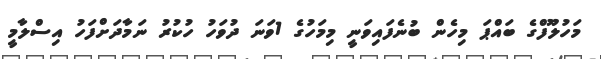
މަހުލޫފްގެ ބައްޕަ މިހެން ބުނެފައިވަނީ މިމަހުގެ 1ވަނަ ދުވަހު ހުކުރު ނަމާދަށްފަހު އިސްލާމީ